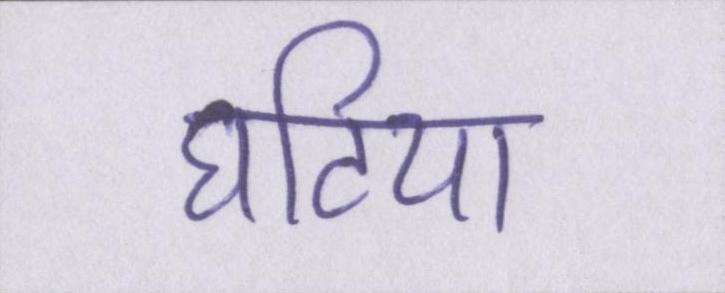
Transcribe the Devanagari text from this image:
घटिया